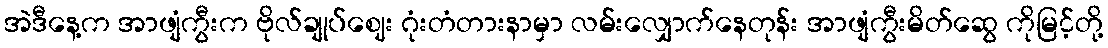
အဲဒီနေ့က အာဖျံကွီးက ဗိုလ်ချုပ်ဈေး ဂုံးတံတားနာမှာ လမ်းလျှောက်နေတုန်း အာဖျံကွီးမိတ်ဆွေ ကိုမြင့်တို့